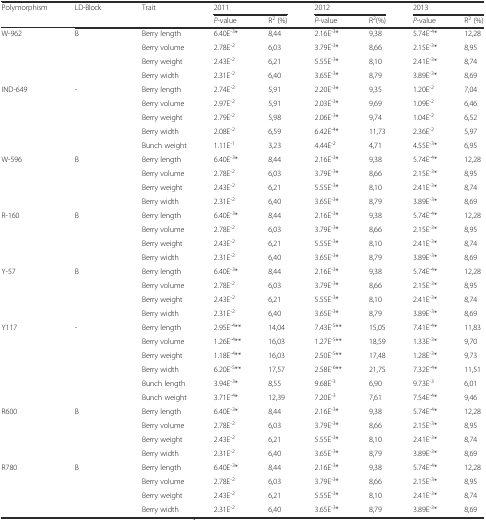
<table><thead><tr><td rowspan="2"><b>Polymorphism</b></td><td rowspan="2"><b>LD-Block</b></td><td rowspan="2"><b>Trait</b></td><td colspan="2"><b>2011</b></td><td colspan="2"><b>2012</b></td><td colspan="2"><b>2013</b></td></tr><tr><td><b><i>P</i>-value</b></td><td><b>R<sup>2 </sup>(%)</b></td><td><b><i>P</i>-value</b></td><td><b>R<sup>2</sup>(%)</b></td><td><b><i>P</i>-value</b></td><td><b>R<sup>2</sup> (%)</b></td></tr></thead><tbody><tr><td rowspan="4">W-962</td><td rowspan="4">B</td><td>Berry length</td><td>6.40E<sup>-3</sup>*</td><td>8,44</td><td>2.16E<sup>-3</sup>*</td><td>9,38</td><td>5.74E<sup>-4</sup>*</td><td>12,28</td></tr><tr><td>Berry volume</td><td>2.78E<sup>-2</sup></td><td>6,03</td><td>3.79E<sup>-3</sup>*</td><td>8,66</td><td>2.15E<sup>-3</sup>*</td><td>8,95</td></tr><tr><td>Berry weight</td><td>2.43E<sup>-2</sup></td><td>6,21</td><td>5.55E<sup>-3</sup>*</td><td>8,10</td><td>2.41E<sup>-3</sup>*</td><td>8,74</td></tr><tr><td>Berry width</td><td>2.31E<sup>-2</sup></td><td>6,40</td><td>3.65E<sup>-3</sup>*</td><td>8,79</td><td>3.89E<sup>-3</sup>*</td><td>8,69</td></tr><tr><td rowspan="5">IND-649</td><td rowspan="5">-</td><td>Berry length</td><td>2.74E<sup>-2</sup></td><td>5,91</td><td>2.20E<sup>-3</sup>*</td><td>9,35</td><td>1.20E<sup>-2</sup></td><td>7,04</td></tr><tr><td>Berry volume</td><td>2.97E<sup>-2</sup></td><td>5,91</td><td>2.03E<sup>-3</sup>*</td><td>9,69</td><td>1.09E<sup>-2</sup></td><td>6,46</td></tr><tr><td>Berry weight</td><td>2.79E<sup>-2</sup></td><td>5,98</td><td>2.06E<sup>-3</sup>*</td><td>9,74</td><td>1.04E<sup>-2</sup></td><td>6,52</td></tr><tr><td>Berry width</td><td>2.08E<sup>-2</sup></td><td>6,59</td><td>6.42E<sup>-4</sup>*</td><td>11,73</td><td>2.36E<sup>-2</sup></td><td>5,97</td></tr><tr><td>Bunch weight</td><td>1.11E<sup>-1</sup></td><td>3,23</td><td>4.44E<sup>-2</sup></td><td>4,71</td><td>4.55E<sup>-3</sup>*</td><td>6,95</td></tr><tr><td rowspan="4">W-596</td><td rowspan="4">B</td><td>Berry length</td><td>6.40E<sup>-3</sup>*</td><td>8,44</td><td>2.16E<sup>-3</sup>*</td><td>9,38</td><td>5.74E<sup>-4</sup>*</td><td>12,28</td></tr><tr><td>Berry volume</td><td>2.78E<sup>-2</sup></td><td>6,03</td><td>3.79E<sup>-3</sup>*</td><td>8,66</td><td>2.15E<sup>-3</sup>*</td><td>8,95</td></tr><tr><td>Berry weight</td><td>2.43E<sup>-2</sup></td><td>6,21</td><td>5.55E<sup>-3</sup>*</td><td>8,10</td><td>2.41E<sup>-3</sup>*</td><td>8,74</td></tr><tr><td>Berry width</td><td>2.31E<sup>-2</sup></td><td>6,40</td><td>3.65E<sup>-3</sup>*</td><td>8,79</td><td>3.89E<sup>-3</sup>*</td><td>8,69</td></tr><tr><td rowspan="4">R-160</td><td rowspan="4">B</td><td>Berry length</td><td>6.40E<sup>-3</sup>*</td><td>8,44</td><td>2.16E<sup>-3</sup>*</td><td>9,38</td><td>5.74E<sup>-4</sup>*</td><td>12,28</td></tr><tr><td>Berry volume</td><td>2.78E<sup>-2</sup></td><td>6,03</td><td>3.79E<sup>-3</sup>*</td><td>8,66</td><td>2.15E<sup>-3</sup>*</td><td>8,95</td></tr><tr><td>Berry weight</td><td>2.43E<sup>-2</sup></td><td>6,21</td><td>5.55E<sup>-3</sup>*</td><td>8,10</td><td>2.41E<sup>-3</sup>*</td><td>8,74</td></tr><tr><td>Berry width</td><td>2.31E<sup>-2</sup></td><td>6,40</td><td>3.65E<sup>-3</sup>*</td><td>8,79</td><td>3.89E<sup>-3</sup>*</td><td>8,69</td></tr><tr><td rowspan="4">Y-57</td><td rowspan="4">B</td><td>Berry length</td><td>6.40E<sup>-3</sup>*</td><td>8,44</td><td>2.16E<sup>-3</sup>*</td><td>9,38</td><td>5.74E<sup>-4</sup>*</td><td>12,28</td></tr><tr><td>Berry volume</td><td>2.78E<sup>-2</sup></td><td>6,03</td><td>3.79E<sup>-3</sup>*</td><td>8,66</td><td>2.15E<sup>-3</sup>*</td><td>8,95</td></tr><tr><td>Berry weight</td><td>2.43E<sup>-2</sup></td><td>6,21</td><td>5.55E<sup>-3</sup>*</td><td>8,10</td><td>2.41E<sup>-3</sup>*</td><td>8,74</td></tr><tr><td>Berry width</td><td>2.31E<sup>-2</sup></td><td>6,40</td><td>3.65E<sup>-3</sup>*</td><td>8,79</td><td>3.89E<sup>-3</sup>*</td><td>8,69</td></tr><tr><td rowspan="6">Y117</td><td rowspan="6">-</td><td>Berry length</td><td>2.95E<sup>-4</sup>**</td><td>14,04</td><td>7.43E<sup>-5</sup>**</td><td>15,05</td><td>7.41E<sup>-4</sup>*</td><td>11,83</td></tr><tr><td>Berry volume</td><td>1.26E<sup>-4</sup>**</td><td>16,03</td><td>1.27E<sup>-5</sup>**</td><td>18,59</td><td>1.33E<sup>-3</sup>*</td><td>9,70</td></tr><tr><td>Berry weight</td><td>1.18E<sup>-4</sup>**</td><td>16,03</td><td>2.50E<sup>-5</sup>**</td><td>17,48</td><td>1.28E<sup>-3</sup>*</td><td>9,73</td></tr><tr><td>Berry width</td><td>6.20E<sup>-5</sup>**</td><td>17,57</td><td>2.58E<sup>-6</sup>**</td><td>21,75</td><td>7.32E<sup>-4</sup>*</td><td>11,51</td></tr><tr><td>Bunch length</td><td>3.94E<sup>-3</sup>*</td><td>8,55</td><td>9.68E<sup>-3</sup></td><td>6,90</td><td>9.73E<sup>-3</sup></td><td>6,01</td></tr><tr><td>Bunch weight</td><td>3.71E<sup>-4</sup>*</td><td>12,39</td><td>7.20E<sup>-3</sup></td><td>7,61</td><td>7.54E<sup>-4</sup>*</td><td>9,46</td></tr><tr><td rowspan="4">R600</td><td rowspan="4">B</td><td>Berry length</td><td>6.40E<sup>-3</sup>*</td><td>8,44</td><td>2.16E<sup>-3</sup>*</td><td>9,38</td><td>5.74E<sup>-4</sup>*</td><td>12,28</td></tr><tr><td>Berry volume</td><td>2.78E<sup>-2</sup></td><td>6,03</td><td>3.79E<sup>-3</sup>*</td><td>8,66</td><td>2.15E<sup>-3</sup>*</td><td>8,95</td></tr><tr><td>Berry weight</td><td>2.43E<sup>-2</sup></td><td>6,21</td><td>5.55E<sup>-3</sup>*</td><td>8,10</td><td>2.41E<sup>-3</sup>*</td><td>8,74</td></tr><tr><td>Berry width</td><td>2.31E<sup>-2</sup></td><td>6,40</td><td>3.65E<sup>-3</sup>*</td><td>8,79</td><td>3.89E<sup>-3</sup>*</td><td>8,69</td></tr><tr><td rowspan="4">R780</td><td rowspan="4">B</td><td>Berry length</td><td>6.40E<sup>-3</sup>*</td><td>8,44</td><td>2.16E<sup>-3</sup>*</td><td>9,38</td><td>5.74E<sup>-4</sup>*</td><td>12,28</td></tr><tr><td>Berry volume</td><td>2.78E<sup>-2</sup></td><td>6,03</td><td>3.79E<sup>-3</sup>*</td><td>8,66</td><td>2.15E<sup>-3</sup>*</td><td>8,95</td></tr><tr><td>Berry weight</td><td>2.43E<sup>-2</sup></td><td>6,21</td><td>5.55E<sup>-3</sup>*</td><td>8,10</td><td>2.41E<sup>-3</sup>*</td><td>8,74</td></tr><tr><td>Berry width</td><td>2.31E<sup>-2</sup></td><td>6,40</td><td>3.65E<sup>-3</sup>*</td><td>8,79</td><td>3.89E<sup>-3</sup>*</td><td>8,69</td></tr></tbody></table>